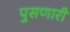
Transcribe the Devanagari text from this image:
पुसणारी